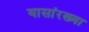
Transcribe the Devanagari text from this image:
यासांरख्या